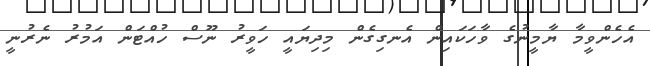
އެހެންވީމާ ޔާމީނުގެ ވާހަކައިން އެނގިގެން މިދިޔައީ ހަވީރު ނޫސް ހުއްޓަން އަމުރު ނެރުނީ